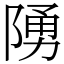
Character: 𨺳